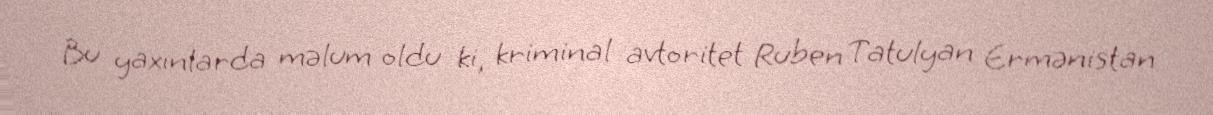
Bu yaxınlarda məlum oldu ki, kriminal avtoritet Ruben Tatulyan Ermənistan